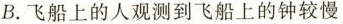
B.飞船上的人观测到飞船上的钟较慢